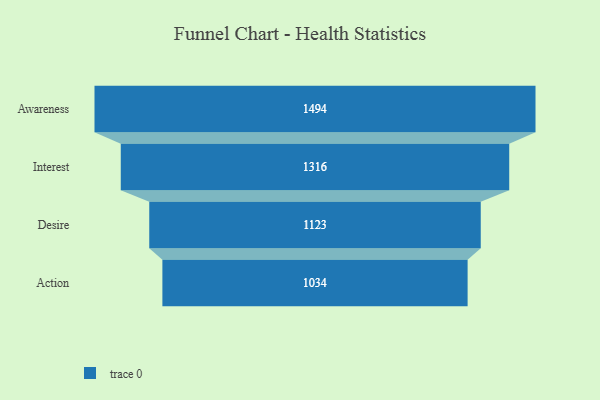
{"axis": {"x": "Stage", "y": "Value"}, "legend": [""], "data": [{"x": "Awareness", "y": 1494.0, "type": ""}, {"x": "Interest", "y": 1316.0, "type": ""}, {"x": "Desire", "y": 1123.0, "type": ""}, {"x": "Action", "y": 1034.0, "type": ""}]}